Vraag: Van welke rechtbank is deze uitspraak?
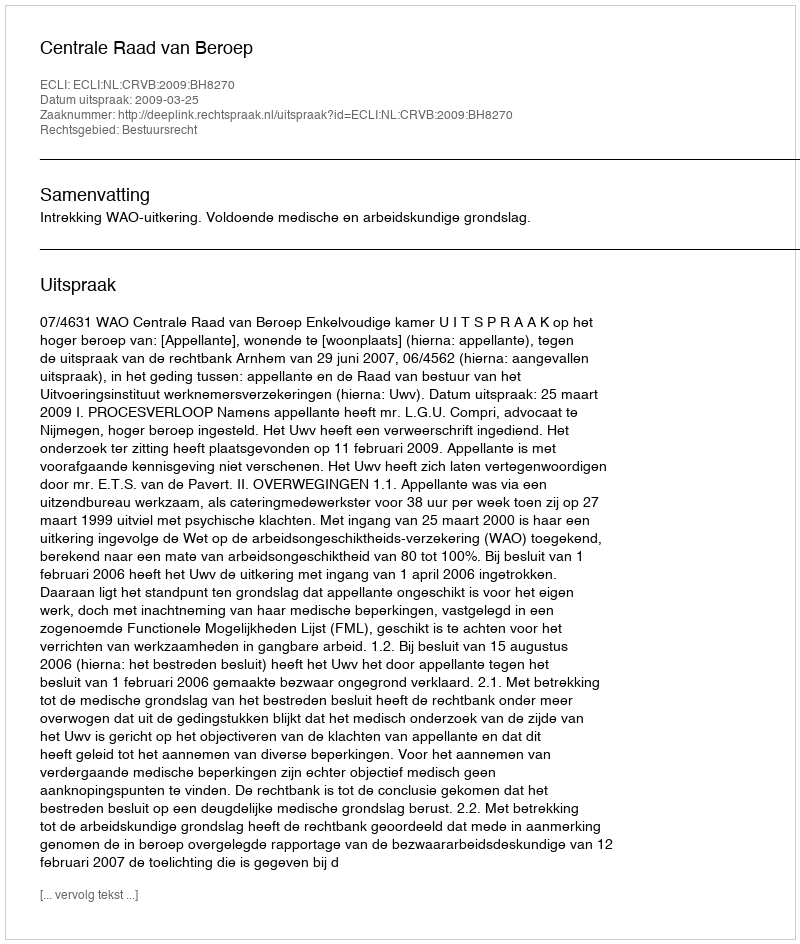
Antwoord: Centrale Raad van Beroep